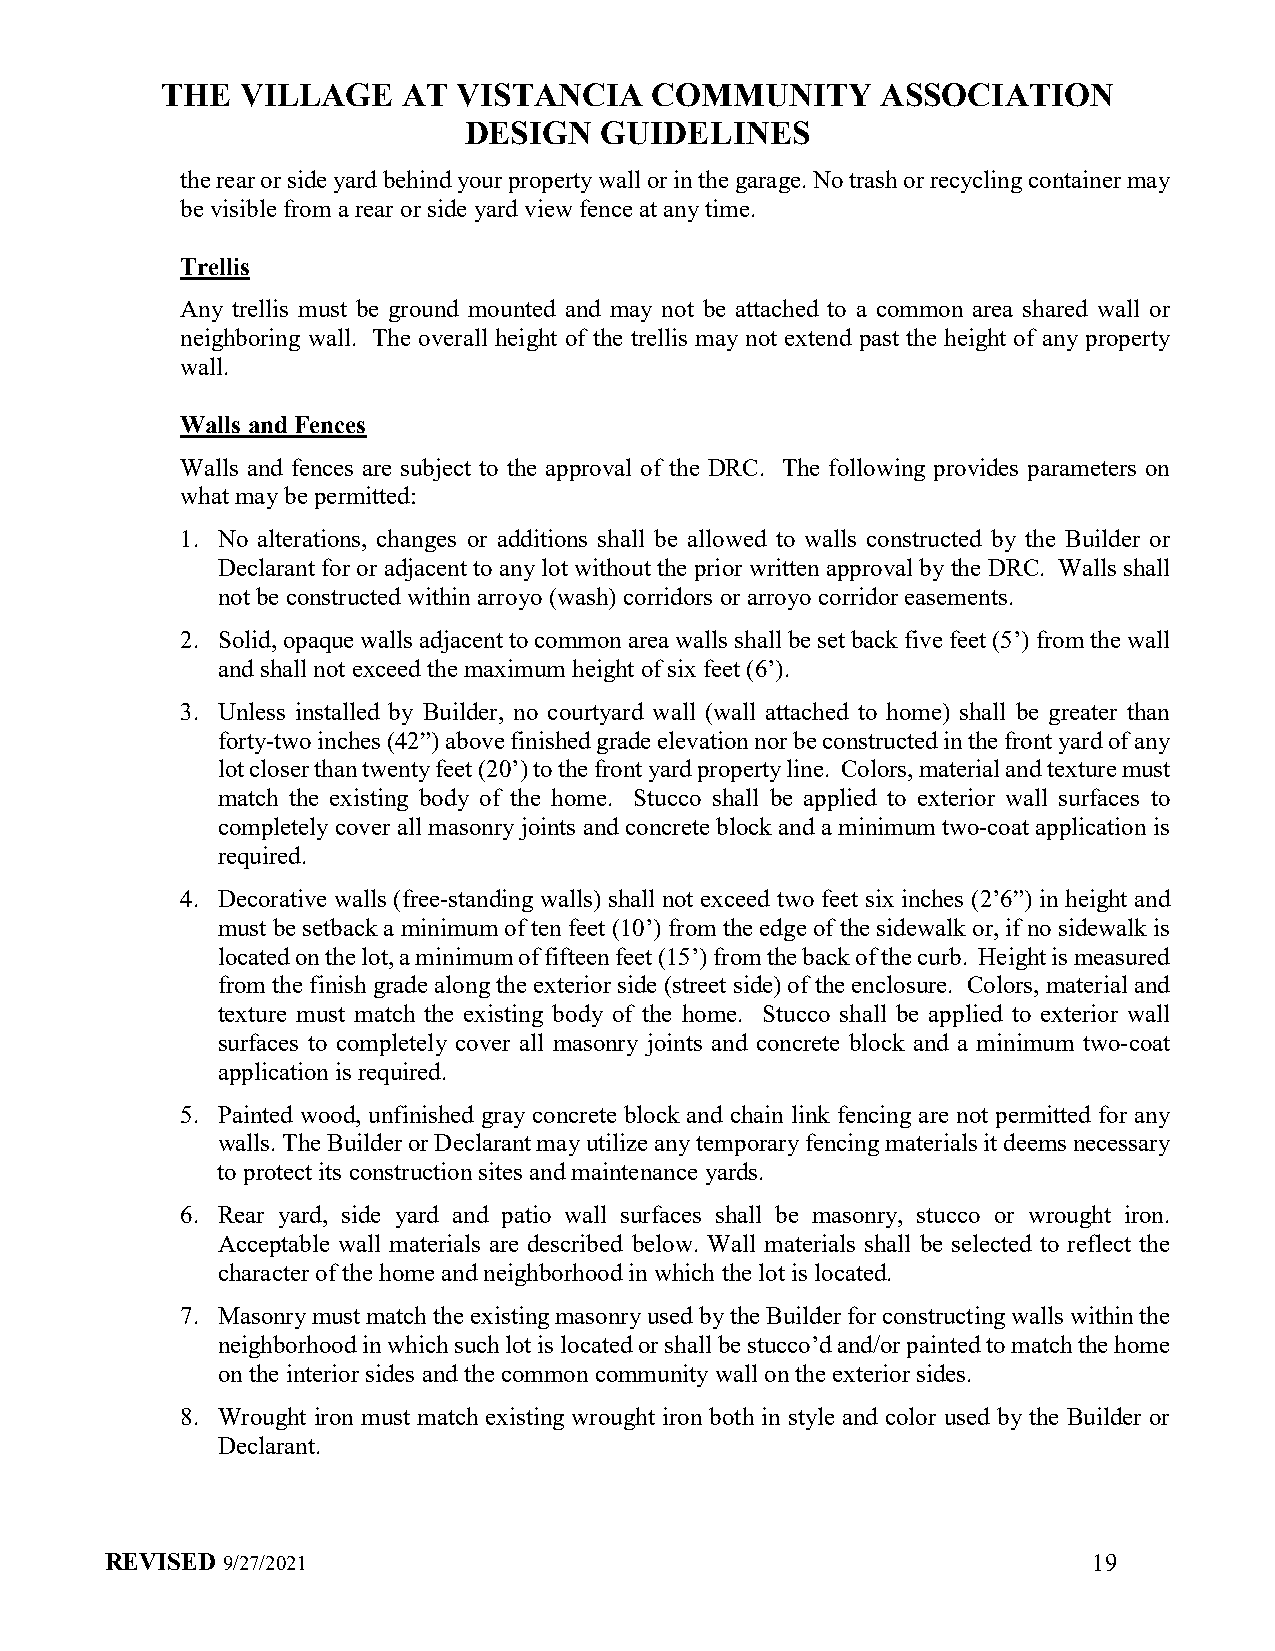
THE  VILLAGE    AT VISTANCIA    COMMUNITY      ASSOCIATION
 DESIGN   GUIDELINES
 the rear or side yard behind your property wall or in the garage. No trash or recycling container may
 be visible from a rear or side yard view fence at any time.
 Trellis
 Any trellis must be ground mounted and may not be attached to a common area shared wall or
 neighboring wall. The overall height of the trellis may not extend past the height of any property
 wall.
 Walls and Fences
 Walls and fences are subject to the approval of the DRC. The following provides parameters on
 what may be permitted:
 1. No alterations, changes or additions shall be allowed to walls constructed by the Builder or
 Declarant for or adjacent to any lot without the prior written approval by the DRC. Walls shall
 not be constructed within arroyo (wash) corridors or arroyo corridor easements.
 2. Solid, opaque walls adjacent to common area walls shall be set back five feet (5’) from the wall
 and shall not exceed the maximum height of six feet (6’).
 3. Unless installed by Builder, no courtyard wall (wall attached to home) shall be greater than
 forty-two inches (42”) above finished grade elevation nor be constructed in the front yard of any
 lot closer than twenty feet (20’) to the front yard property line. Colors, material and texture must
 match the existing body of the home. Stucco shall be applied to exterior wall surfaces to
 completely cover all masonry joints and concrete block and a minimum two-coat application is
 required.
 4. Decorative walls (free-standing walls) shall not exceed two feet six inches (2’6”) in height and
 must be setback a minimum of ten feet (10’) from the edge of the sidewalk or, if no sidewalk is
 located on the lot, a minimum of fifteen feet (15’) from the back of the curb. Height is measured
 from the finish grade along the exterior side (street side) of the enclosure. Colors, material and
 texture must match the existing body of the home. Stucco shall be applied to exterior wall
 surfaces to completely cover all masonry joints and concrete block and a minimum two-coat
 application is required.
 5. Painted wood, unfinished gray concrete block and chain link fencing are not permitted for any
 walls. The Builder or Declarant may utilize any temporary fencing materials it deems necessary
 to protect its construction sites and maintenance yards.
 6. Rear yard, side yard and patio wall surfaces shall be masonry, stucco or wrought iron.
 Acceptable wall materials are described below. Wall materials shall be selected to reflect the
 character of the home and neighborhood in which the lot is located.
 7. Masonry must match the existing masonry used by the Builder for constructing walls within the
 neighborhood in which such lot is located or shall be stucco’d and/or painted to match the home
 on the interior sides and the common community wall on the exterior sides.
 8. Wrought iron must match existing wrought iron both in style and color used by the Builder or
 Declarant.
 REVISED 9/27/2021                                                19